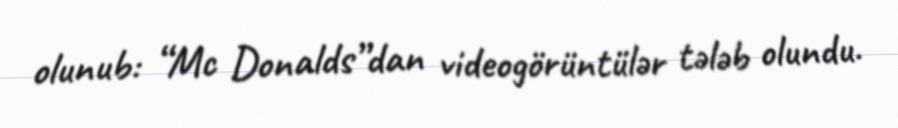
olunub: “Mc Donalds”dan videogörüntülər tələb olundu.